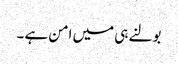
بولنے ہی میں امن ہے ۔